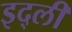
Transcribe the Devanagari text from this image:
इद्ली